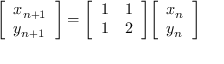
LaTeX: { \left[ \begin{array} { l } { x _ { n + 1 } } \\ { y _ { n + 1 } } \end{array} \right] } = { \left[ \begin{array} { l l } { 1 } & { 1 } \\ { 1 } & { 2 } \end{array} \right] } { \left[ \begin{array} { l } { x _ { n } } \\ { y _ { n } } \end{array} \right] }